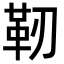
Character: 靭